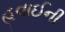
હવાઈની